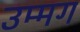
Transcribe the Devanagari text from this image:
उम्मग